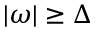
| \omega | \ge \Delta